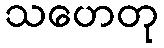
သဟေတု